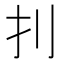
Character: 𠚶